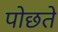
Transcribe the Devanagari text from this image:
पोछते